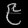
Digit: ၉